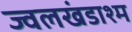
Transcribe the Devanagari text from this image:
ज्वलखंडाश्म